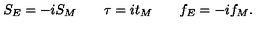
S _ { E } = - i S _ { M } \qquad \tau = i t _ { M } \qquad f _ { E } = - i f _ { M } .